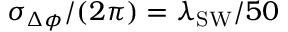
\sigma _ { \Delta \phi } / ( 2 \pi ) = \lambda _ { \mathrm { S W } } / 5 0